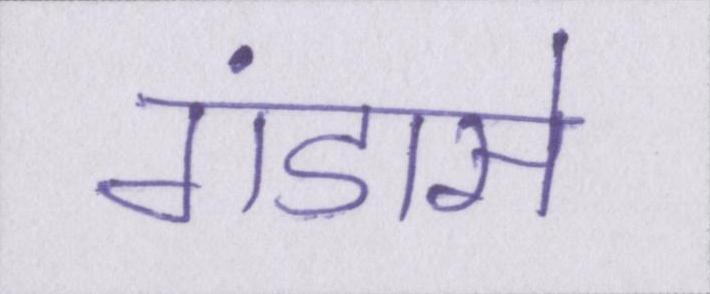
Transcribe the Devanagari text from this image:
गंडासे